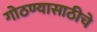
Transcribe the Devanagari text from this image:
गोठण्यासाठीचे